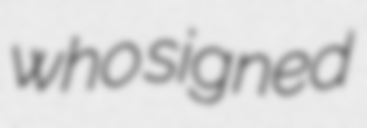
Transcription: who signed